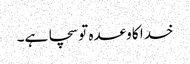
خدا کا وعدہ تو سچا ہے۔